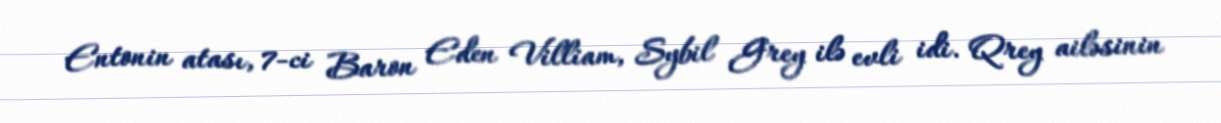
Entonin atası, 7-ci Baron Eden Villiam, Sybil Grey ilə evli idi. Qrey ailəsinin